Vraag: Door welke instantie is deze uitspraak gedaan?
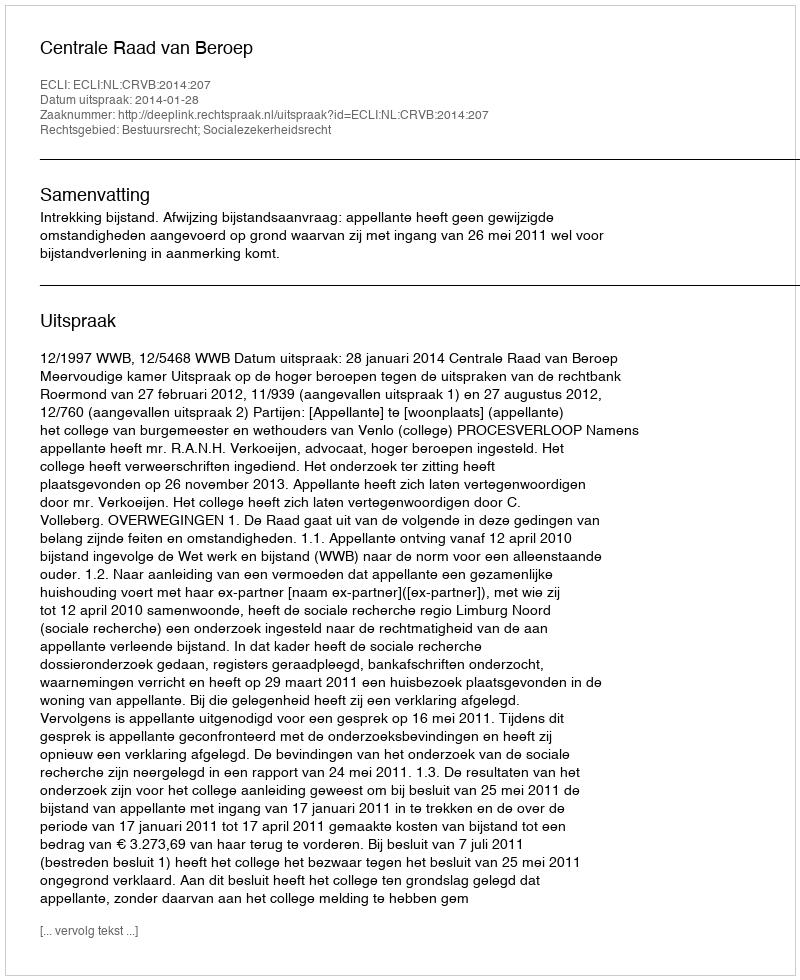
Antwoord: Centrale Raad van Beroep